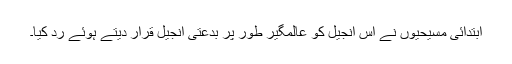
ابتدائی مسیحیوں نے اِس انجیل کو عالمگیر طور پر بدعتی انجیل قرار دیتے ہوئے ردّ کیا۔